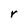
Character: r